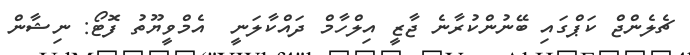
ޗެލެންޖް ކަޕްގައި ބޭނުންކުރާނެ ޖާޒީ އިލްހާމް ދައްކާލަނީ  އެމްވީޔޫތު ފޮޓޯ: ނިޝާން